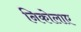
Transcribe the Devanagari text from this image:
निकोलाए